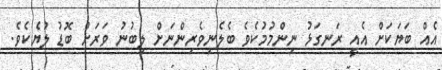
އެއް ބަޔަކަށް އެއީ ރަނގަޅު ނިންމުމުކެވެ ބެލެނިވެރިންނަށް ލިބުނު ވަރަށް ބޮޑު ލުޔެކެވެ.